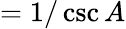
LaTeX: ={1/\csc A}